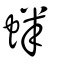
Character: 蝆